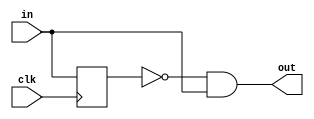
`ifndef edge_detect_v
`define edge_detect_v

module rising_edge_detector ( 
  input clk,
  input in,
  output out
);
  reg in_q;

  always @(posedge clk) begin
    in_q <= in;
  end

  assign out = !in_q && in;
endmodule

module falling_edge_detector ( 
  input clk,
  input in,
  output out
);
  reg in_q;

  always @(posedge clk) begin
    in_q <= in;
  end

  assign out = in_q && !in;
endmodule

`endif